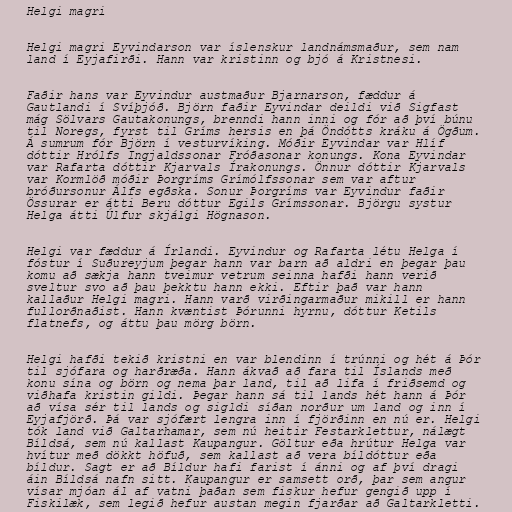
Helgi magri

Helgi magri Eyvindarson var íslenskur landnámsmaður, sem nam
land í Eyjafirði. Hann var kristinn og bjó á Kristnesi.

Faðir hans var Eyvindur austmaður Bjarnarson, fæddur á
Gautlandi í Svíþjóð. Björn faðir Eyvindar deildi við Sigfast
mág Sölvars Gautakonungs, brenndi hann inni og fór að því búnu
til Noregs, fyrst til Gríms hersis en þá Öndótts kráku á Ögðum.
Á sumrum fór Björn í vesturvíking. Móðir Eyvindar var Hlíf
dóttir Hrólfs Ingjaldssonar Fróðasonar konungs. Kona Eyvindar
var Rafarta dóttir Kjarvals Írakonungs. Önnur dóttir Kjarvals
var Kormlöð móðir Þorgríms Grímólfssonar sem var aftur
bróðursonur Álfs egðska. Sonur Þorgríms var Eyvindur faðir
Össurar er átti Beru dóttur Egils Grímssonar. Björgu systur
Helga átti Úlfur skjálgi Högnason.

Helgi var fæddur á Írlandi. Eyvindur og Rafarta létu Helga í
fóstur í Suðureyjum þegar hann var barn að aldri en þegar þau
komu að sækja hann tveimur vetrum seinna hafði hann verið
sveltur svo að þau þekktu hann ekki. Eftir það var hann
kallaður Helgi magri. Hann varð virðingarmaður mikill er hann
fullorðnaðist. Hann kvæntist Þórunni hyrnu, dóttur Ketils
flatnefs, og áttu þau mörg börn.

Helgi hafði tekið kristni en var blendinn í trúnni og hét á Þór
til sjófara og harðræða. Hann ákvað að fara til Íslands með
konu sína og börn og nema þar land, til að lifa í friðsemd og
viðhafa kristin gildi. Þegar hann sá til lands hét hann á Þór
að vísa sér til lands og sigldi síðan norður um land og inn í
Eyjafjörð. Þá var sjófært lengra inn í fjörðinn en nú er. Helgi
tók land við Galtarhamar, sem nú heitir Festarklettur, nálægt
Bíldsá, sem nú kallast Kaupangur. Göltur eða hrútur Helga var
hvítur með dökkt höfuð, sem kallast að vera bíldóttur eða
bíldur. Sagt er að Bíldur hafi farist í ánni og af því dragi
áin Bíldsá nafn sitt. Kaupangur er samsett orð, þar sem angur
vísar mjóan ál af vatni þaðan sem fiskur hefur gengið upp í
Fiskilæk, sem legið hefur austan megin fjarðar að Galtarkletti.